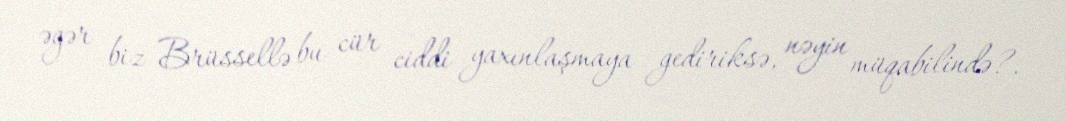
əgər biz Brüssellə bu cür ciddi yaxınlaşmaya gediriksə, nəyin müqabilində?.